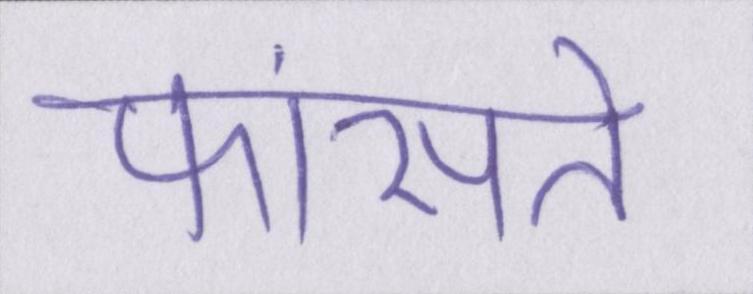
फांसते